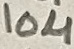
Text: 10µ